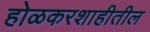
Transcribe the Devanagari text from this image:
होळकरशाहीतील